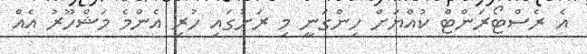
އެ ރެސްޓޯރަންޓް ކުއްޔަށް ހިންގަނީ މި ރަށުގައި ހުރި އެންމެ މަޝްހޫރު އެއް